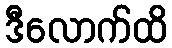
ဒီလောက်ထိ